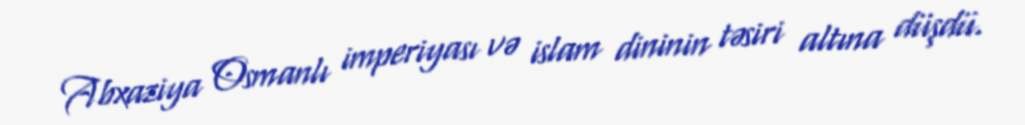
Abxaziya Osmanlı imperiyası və islam dininin təsiri altına düşdü.